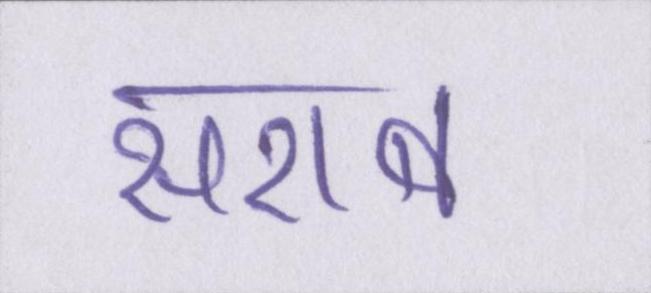
सराब